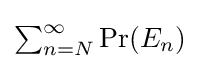
{\textstyle \sum _{n=N}^{\infty }\Pr(E_{n})}